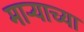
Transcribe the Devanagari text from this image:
मार्‍याच्या